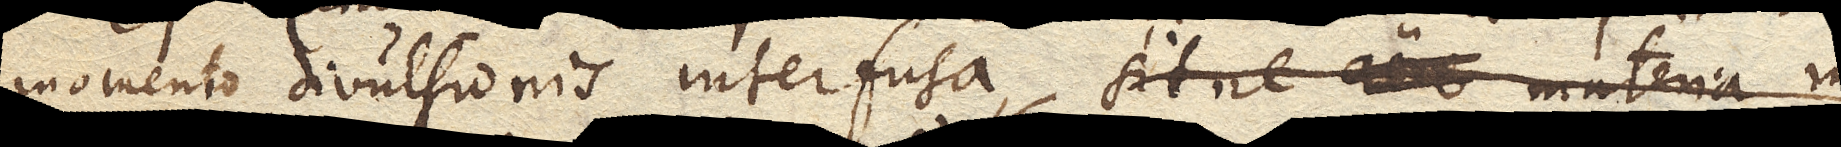
momento divulsionis interfusa, sitne aere materia in